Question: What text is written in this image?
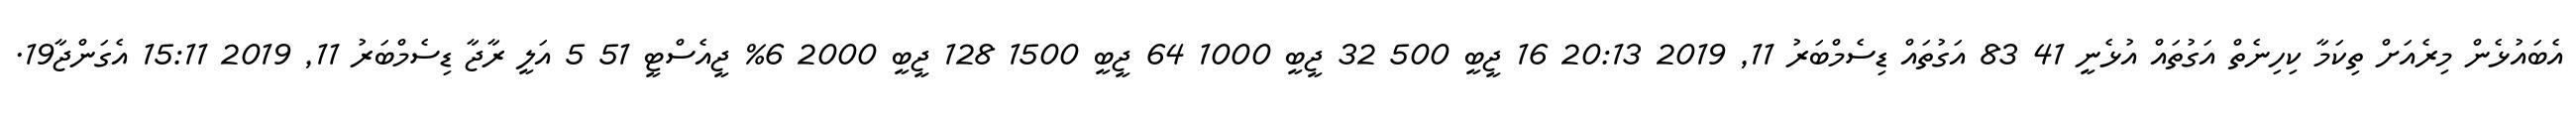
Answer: އެބައުޅެން މިރެއަށް ތިކަމާ ކިހިނެތް އަގުތައް އުޅެނީ 41 83 އަގުތައް ޑިސެމްބަރު 11, 2019 20:13 16 ޖީބީ 500 32 ޖީބީ 1000 64 ޖީބީ 1500 128 ޖީބީ 2000 6% ޖީއެސްޓީ 51 5 އަލީ ރާޖާ ޑިސެމްބަރު 11, 2019 15:11 އެގަންޖާ19.